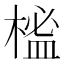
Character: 榓